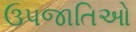
ઉપજાતિઓ